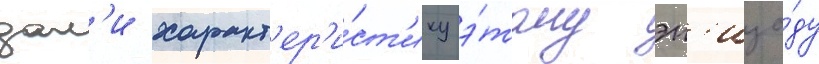
дал'и характ'ер'и́ст'ику э́тому эп'изо́ду